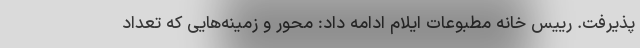
پذیرفت. رییس خانه مطبوعات ایلام ادامه داد: محور و زمینه‌هایی که تعداد